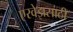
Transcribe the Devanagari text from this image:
एरवेझसाठी